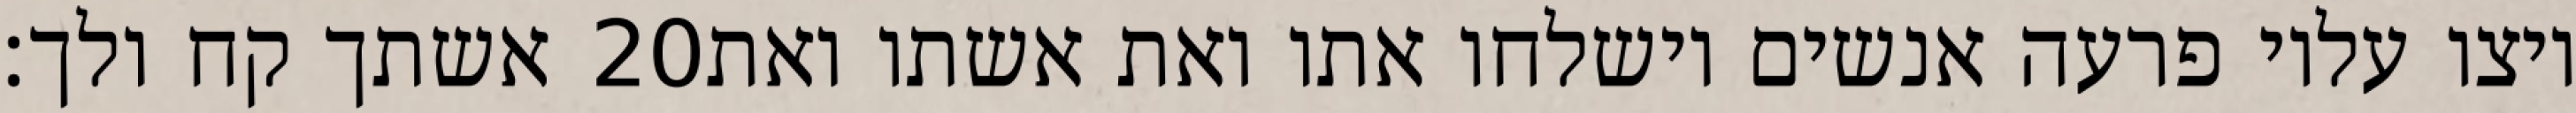
אשתך קח ולך׃ ‎20‏ ויצו עליו פרעה אנשים וישלחו אתו ואת אשתו ואת